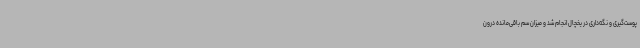
پوست‌گیری و نگه‌داری در یخچال انجام شد و میزان سم باقی‌مانده درون